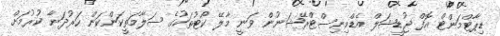
ޑިޕާޓްމަންޓް އޮފް ޖުޑީޝަލް އެޑްމިނިސްޓްރޭޝަނުން ވަނީ މާލޭ ކޯޓުތަކުގެ ސަލާމަތީކަންކަން ހަރުދަނާ ކުރުމަށް